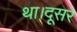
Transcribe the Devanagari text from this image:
था।दूसरे